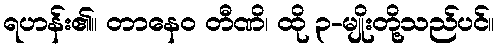
ရဟန်း၏။ တာနေဝ တီဏိ၊ ထို ၃-မျိုးတို့သည်ပင်။